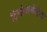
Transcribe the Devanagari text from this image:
ट्रिगोनोमेट्रिया